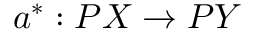
a ^ { * } : P X \to P Y